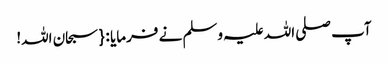
آپ صلی اللہ علیہ وسلم نے فرمایا : { سبحان اللہ!